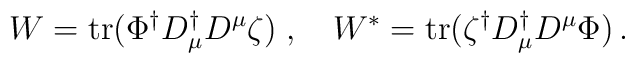
W = {\rm tr} (\Phi^\dagger D^\dagger_{\mu} D^{\mu} \zeta) \; , \quad W^{\ast} ={\rm tr}(\zeta^\dagger D^\dagger_{\mu} D^{\mu} \Phi) \, .